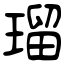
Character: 瑠